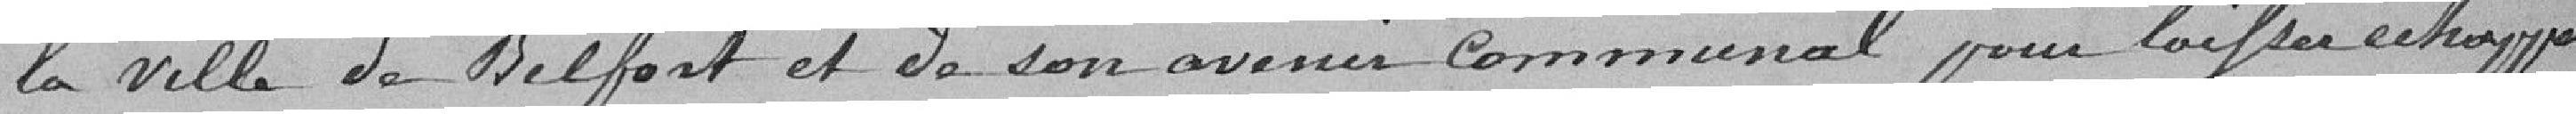
la ville de Belfort et de son avenir communale pour laisser échapper